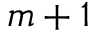
m + 1